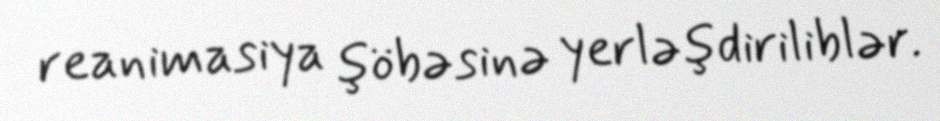
reanimasiya şöbəsinə yerləşdiriliblər.